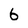
Character: 6